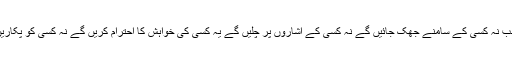
تو یہ سب نہ کسی کے سامنے جھک جائیں گے نہ کسی کے اشاروں پر چلیں گے یہ کسی کی خواہش کا احترام کریں گے نہ کسی کو پکاریں گے ۔